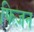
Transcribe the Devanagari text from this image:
फिज़न